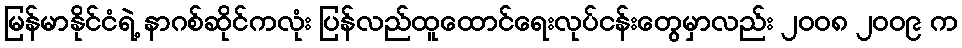
မြန်မာနိုင်ငံရဲ့ နာဂစ်ဆိုင်ကလုံး ပြန်လည်ထူထောင်ရေးလုပ်ငန်းတွေမှာလည်း ၂၀၀၈ ၂၀၀၉ က